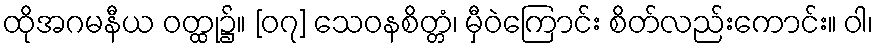
ထိုအဂမနီယ ဝတ္ထု၌။ [၀၇] သေဝနစိတ္တံ၊ မှီဝဲကြောင်း စိတ်လည်းကောင်း။ ဝါ၊